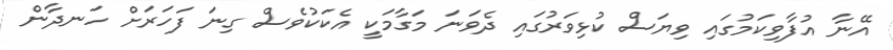
އޭނާ އުފާވިކަމުގައި ވިޔަސް ކުޅިވަރުގައި ދެވަނަ މަގާމަކީ އެކަކުވެސް ގިނަ ފަހަރަށް ހަނދާން